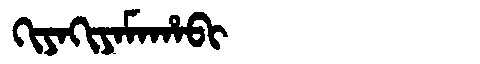
Manchu: ᡴᡳᠶᠠᡴᡳᠶᠠᠮᠠᡥᠠᠪᡳ
Romanization: KIYAKIYAMAHABI